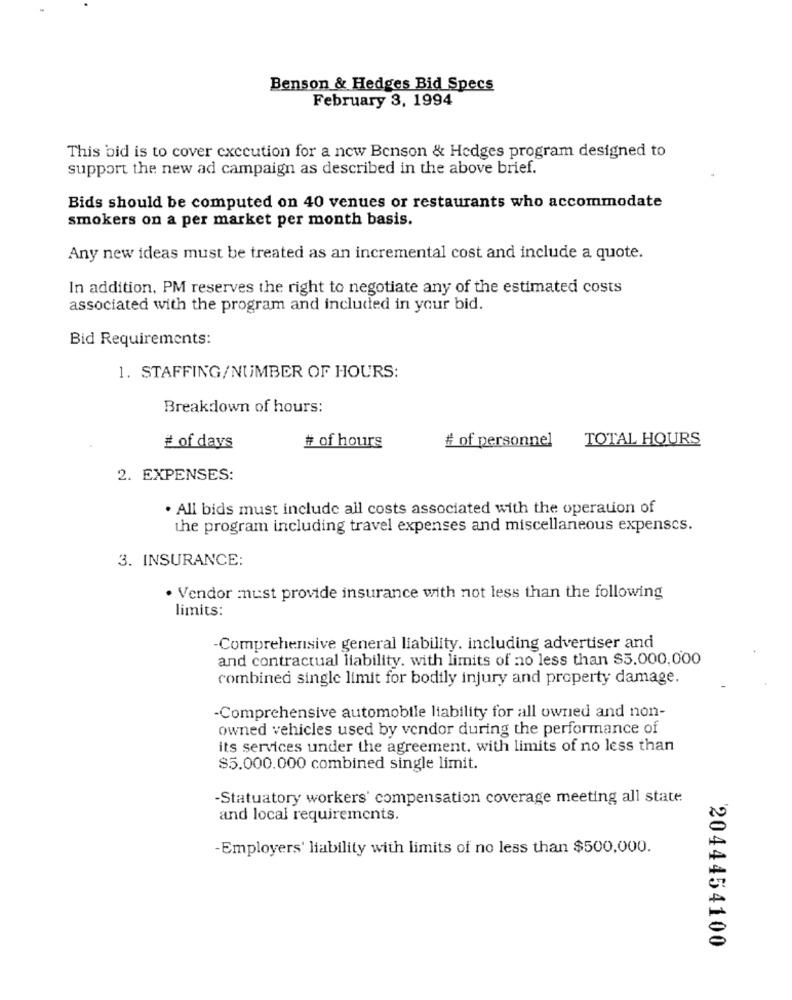
Benson & Hedges Bid Specs
February 3, 1994
This bid is to cover execution for a new Benson & Hedges program designed to
support the new ad campaign as described in the above brief.
Bids should be computed on 40 venues or restaurants who accommodate
smokers on a per market per month basis.
Any new ideas must be treated as an incremental cost and include a quote.
In addition, PM reserves the right to negotiate any of the estimated costs
associated with the program and included in your bid.
Bid Requirements:
1. STAFFING/NUMBER OF HOURS:
Breakdown of hours:
# of personnel
TOTAL HOURS
# of days
# of hours
2. EXPENSES:
. All bids must include all costs associated with the operation of
the program including travel expenses and miscellaneous expenses.
3. INSURANCE:
. Vendor :must provide insurance with not less than the following
limits:
-Comprehensive general liability. including advertiser and
and contractual liability. with limits of no less than $5.000,000
combined single limit for bodily injury and property damage.
-Comprehensive automobile liability for all owned and non-
owned vehicles used by vendor during the performance of
its services under the agreement. with limits of no less than
$5.000.000 combined single limit.
-Statuatory workers' compensation coverage meeting all state
and local requirements.
-Employers' liability with limits of no less than $500,000.
2044454100